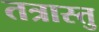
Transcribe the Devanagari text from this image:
तत्रास्तु